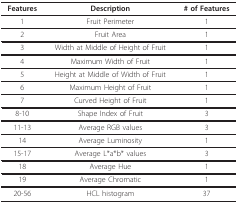
| Features | Description | # of Features |
 | --- | --- | --- |
 | 1 | Fruit Perimeter | 1 |
 | 2 | Fruit Area | 1 |
 | 3 | Width at Middle of Height of Fruit | 1 |
 | 4 | Maximum Width of Fruit | 1 |
 | 5 | Height at Middle of Width of Fruit | 1 |
 | 6 | Maximum Height of Fruit | 1 |
 | 7 | Curved Height of Fruit | 1 |
 | 8-10 | Shape Index of Fruit | 3 |
 | 11-13 | Average RGB values | 3 |
 | 14 | Average Luminosity | 1 |
 | 15-17 | Average L*a*b* values | 3 |
 | 18 | Average Hue | 1 |
 | 19 | Average Chromatic | 1 |
 | 20-56 | HCL histogram | 37 |